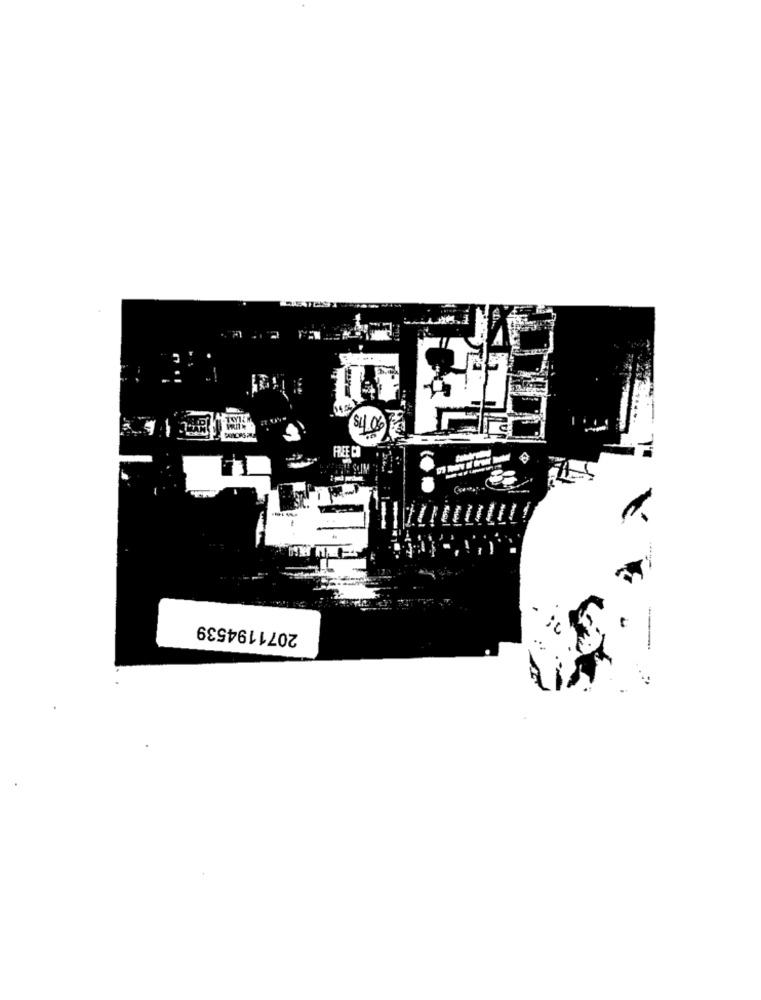
tabeler
2071194539